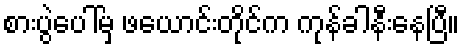
စားပွဲပေါ်မှ ဖယောင်းတိုင်က ကုန်ခါနီးနေပြီ။